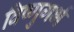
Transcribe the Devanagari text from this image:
विष्णुगर्भ